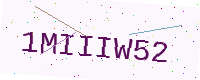
Text: 1MIIIW52